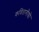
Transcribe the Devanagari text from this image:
कवितागौच्चो